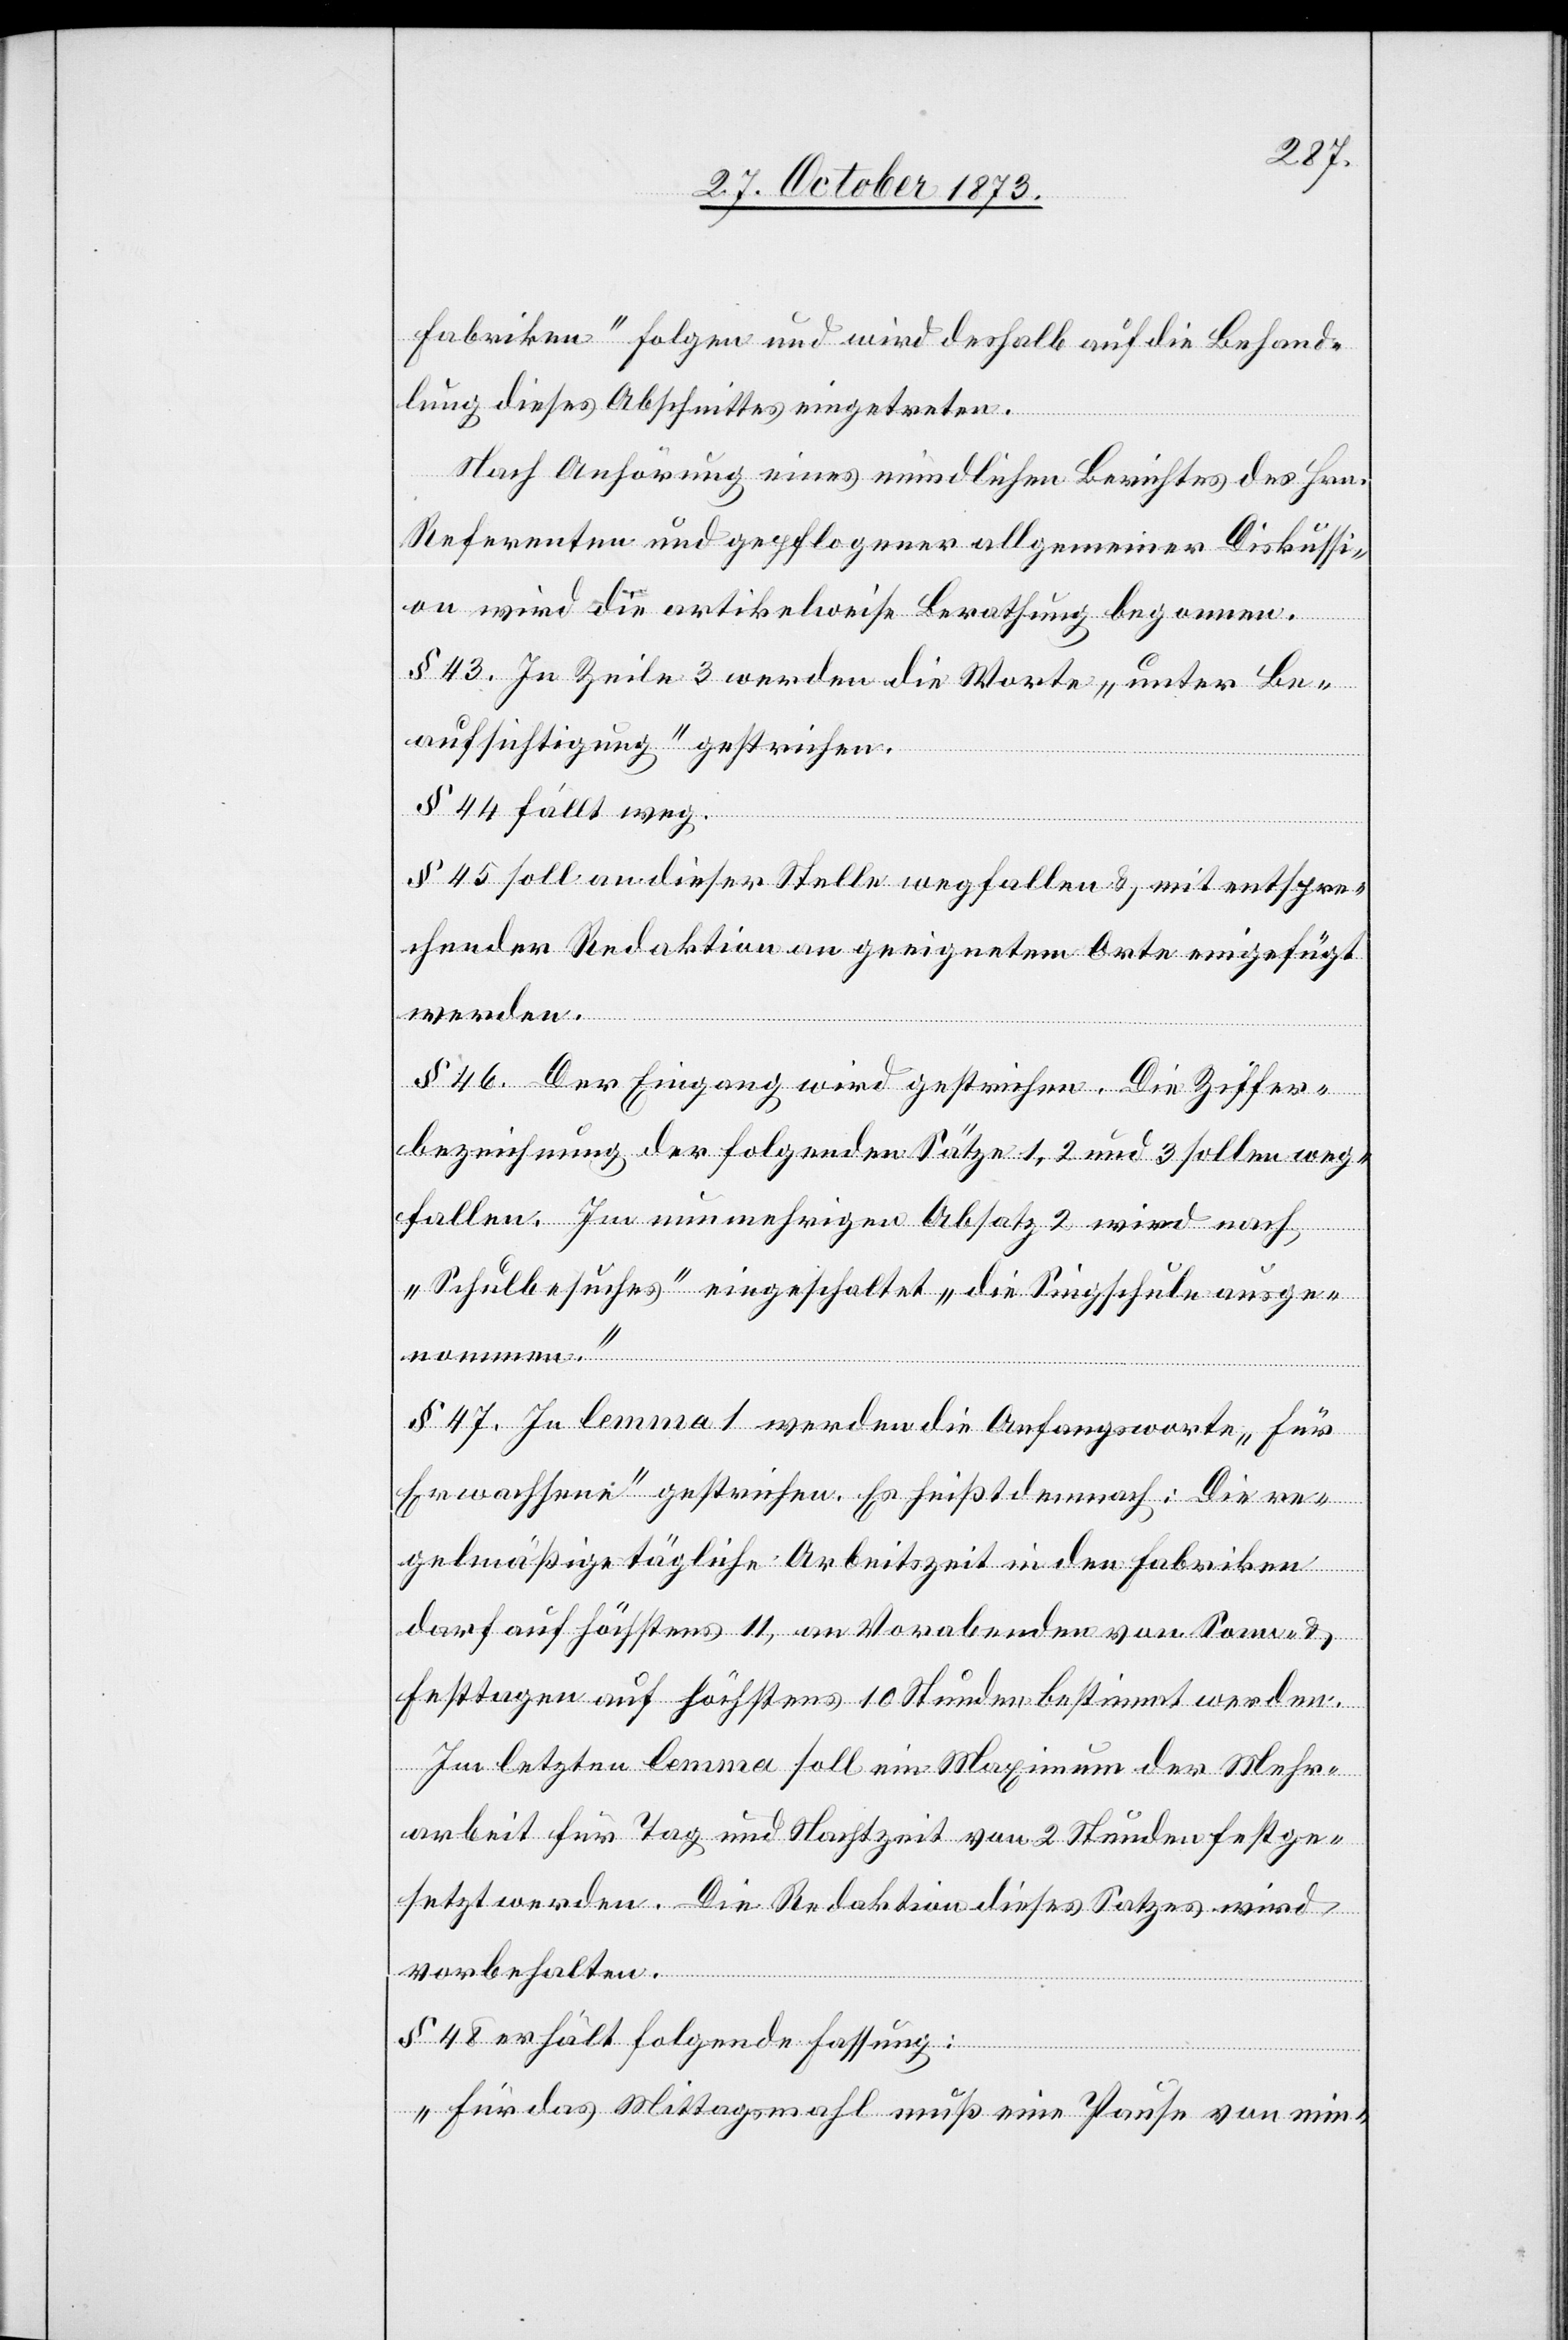
Fabriken“ folgen und wird deshalb auf die Behand¬
lung dieses Abschnittes eingetreten.
weg¬
Nach Anhörung eines mündlichen Berichtes des Hrn.
Referenten und gepflogener allgemeiner Diskussi¬
on wird die artikelweise Berathung begonnen.
§ 43. In Zeile 3 werden die Worte „unter Be¬
aufsichtigung“ gestrichen.
§ 44 fällt weg.
§ 45 soll an dieser Stelle wegfallen & mit entspre¬
chender Redaktion an geeignetem Orte eingefügt
werden.
§ 46. Der Eingang wird gestrichen. Die Ziffer¬
bezeichnung der folgenden Sätze 1, 2 und 3 sollen
fallen. Im nunmehrigen Absatz 2 wird nach
„Schulbesuches“ eingeschaltet „die Singschule ausge¬
nommen.“
§ 47. In lemma 1 werden die Anfangsworte „Für
Erwachsene“ gestrichen. Es heißt demnach: Die re¬
gelmäßige tägliche Arbeitszeit in den Fabriken
darf auf höchstens 11, an Vorabenden von Sonn- &
Festtagen auf höchstens 10 Stunden bestimmt werden.
Im letzten lemma soll ein Maximum der Mehr¬
arbeit für Tag und Nachtzeit von 2 Stunden festge¬
setzt werden. Die Redaktion dieses Satzes wird
vorbehalten.
§ 48 erhält folgende Fassung:
„Für das Mittagsmahl muß eine Pause von min-